Document type: Confirmation
Year: 1374
Scribe: Ramon Camat
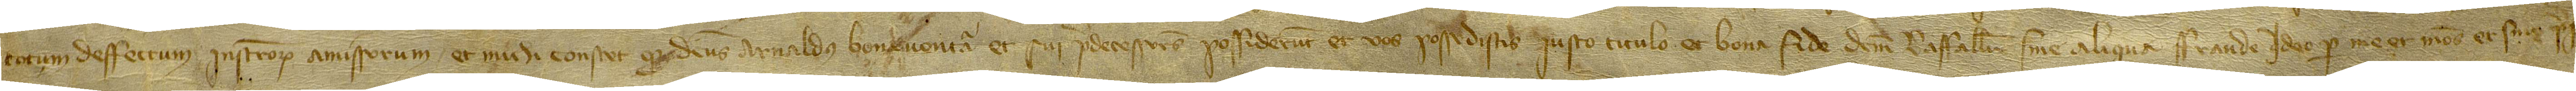
totum deffectum instrumentorum amissorum, et michi constet quod dictus Arnaldus Bonaventura et sui predecessores possiderunt et vos possedistis iusto titulo et bona fide dictum raffallum sine aliqua fraude; ideo per me et meos et sine [iuris]-